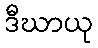
ဒီဃာယု